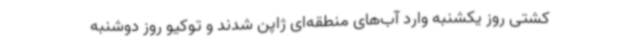
کشتی روز یکشنبه وارد آب‌های منطقه‌ای ژاپن شدند و توکیو روز دوشنبه